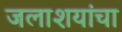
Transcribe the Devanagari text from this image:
जलाशयांचा